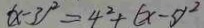
( x - 3 ) ^ { 2 } = 4 ^ { 2 } + ( x - 5 ) ^ { 2 }